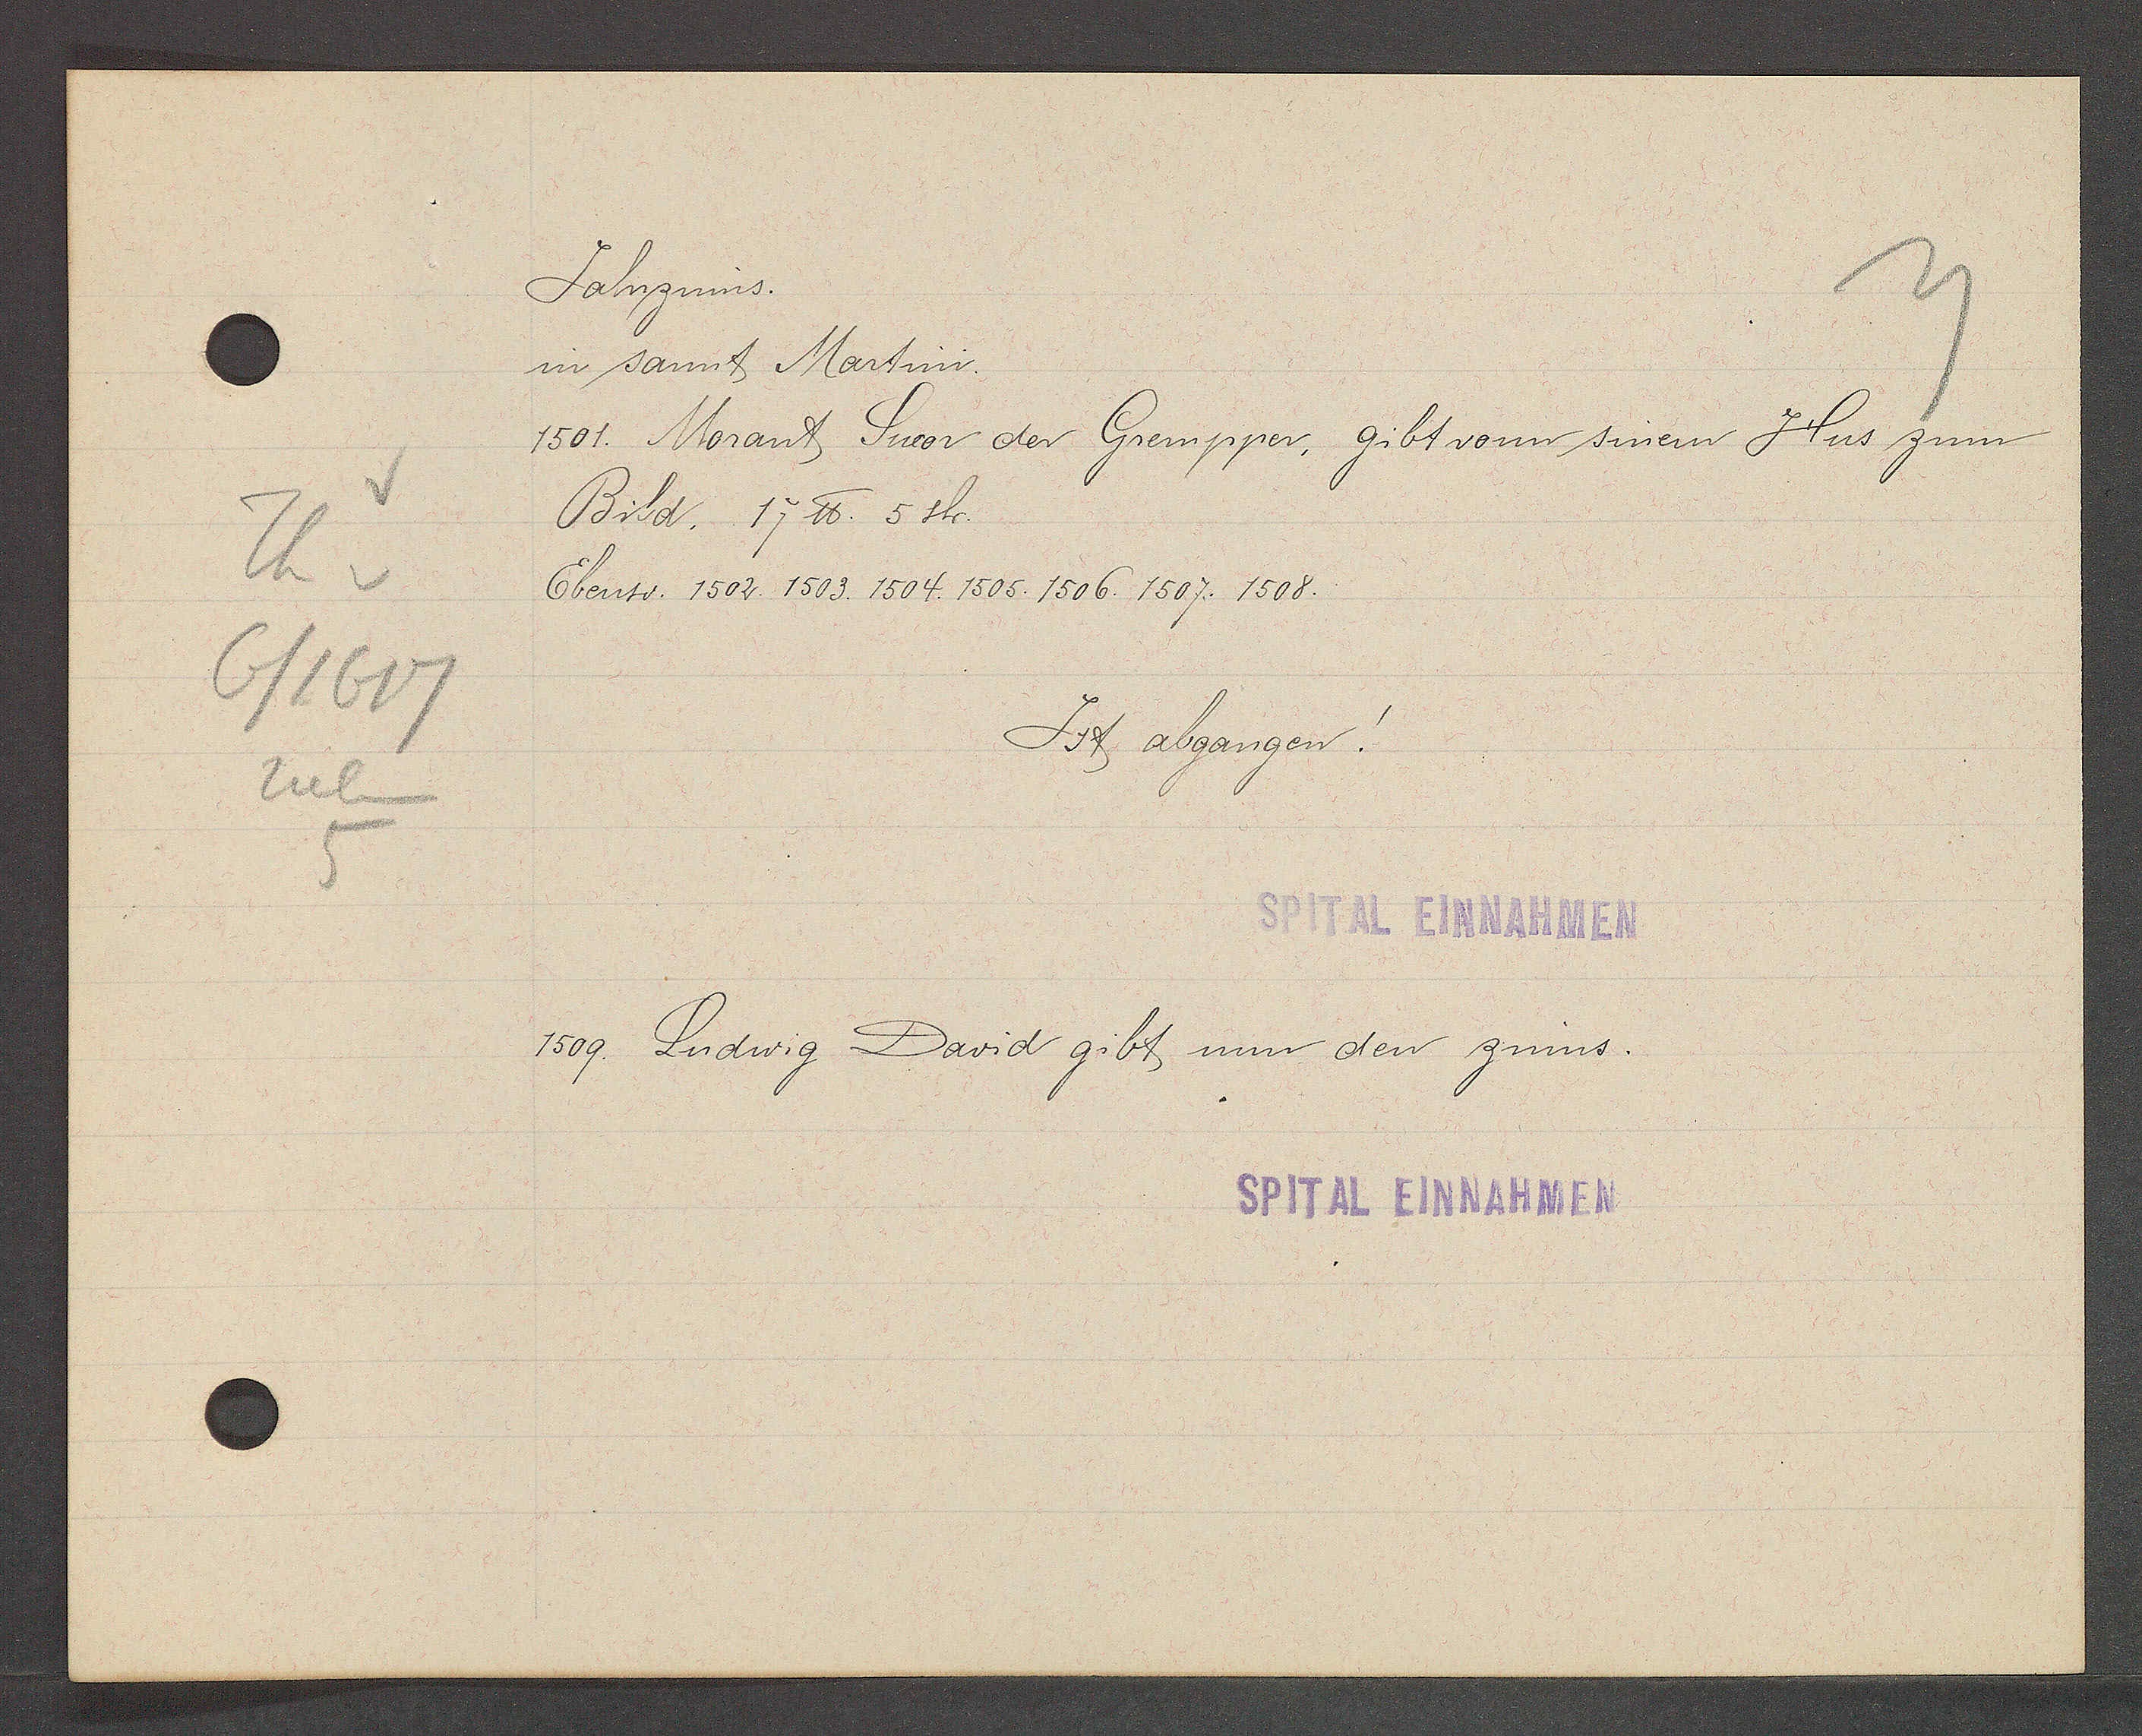
Transcript:
Th v
6/1617
neben
5

Jahrzinns.

in sammt Martini.
1501. Morant Sutor der Grempper, gibt vonn sinem Hus zum
Bild. 17 ℔. 5 sh.
Ebenso. 1502. 1503. 1504. 1505. 1506. 1507. 1508.
Ist abgangen!

SPITAL EINNAHMEN

1509. Ludwig David gibt umn den zinns.

SPITAL EINNAHMEN